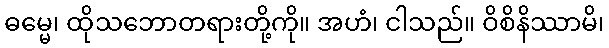
ဓမ္မေ၊ ထိုသဘောတရားတို့ကို။ အဟံ၊ ငါသည်။ ဝိစိနိဿာမိ၊